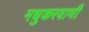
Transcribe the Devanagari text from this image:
मधुकरवाणी